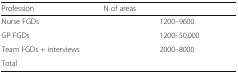
<table><thead><tr><td><b>Profession</b></td><td><b>N of areas</b></td><td>[EMPTY_CELL]</td></tr></thead><tbody><tr><td>Nurse FGDs</td><td>[EMPTY_CELL]</td><td>1200–9600</td></tr><tr><td>GP FGDs</td><td>[EMPTY_CELL]</td><td>1200–50,000</td></tr><tr><td>Team FGDs + interviews</td><td>[EMPTY_CELL]</td><td>2000–8000</td></tr><tr><td>Total</td><td>[EMPTY_CELL]</td><td>[EMPTY_CELL]</td></tr></tbody></table>